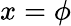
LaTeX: x=\phi